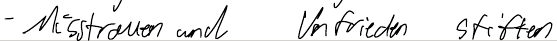
- Misstrauen und Unfrieden stiften